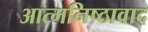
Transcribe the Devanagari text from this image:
आत्मनिष्ठावाद